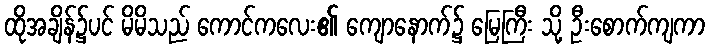
ထိုအချိန်၌ပင် မိမိသည် ကောင်ကလေး၏ ကျောနောက်၌ မြေကြီး သို့ ဦးစောက်ကျကာ